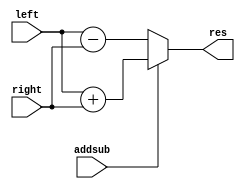
`timescale 1ns/1ns

module AddSub (left, right, res, addsub);
parameter size = 8;
input addsub;
input [size-1:0] left, right;
output [size-1:0] res;

assign res = addsub ? left + right : left - right;
    
endmodule